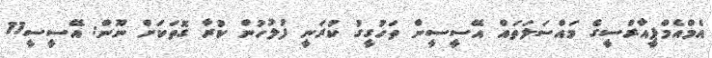
އެމްއެމްޕީއާރްސީގެ މައްސަލަތައް އޭސީސީން ތަހުގީގު ކުރަނީ ފުލުހުން ކުރާ ގޮތަކަށް ނޫން: އޭސީސީ11